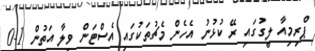
ޕްރިމިއާ ލީގުގައި ރޭ ކުޅުނު އެހެން މެޗުތަކުގައި އެސްޓަން ވިލާ އަތުން 1-0